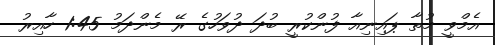
އެމްވީ މުތާ ޕައިނިއާ ފުންކުރީ ބުދަ ދުވަހުގެ ރޭ މެންދަމު 1:45 ހާއިރު